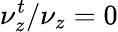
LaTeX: \nu_{z}^{t}/\nu_{z}=0